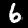
Label: 6